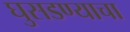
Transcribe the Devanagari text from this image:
घुसडण्याचा